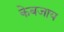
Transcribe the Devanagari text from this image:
केबजाय